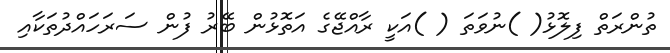
ތުންރަތް ފިލޮޅު( )ނުވަތަ ( )އަކީ ރާއްޖޭގެ އަތޮޅުން ބޭރު ފުން ސަރަހައްދުތަކާއި